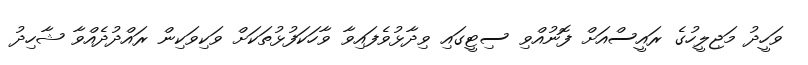
ވަހީދު މަޖިލީހުގެ ރައީސްއަށް ފޮނުއްވި ސިޓީގައި ވިދާޅުވެފައިވާ ވާހަކަފުޅުތަކަށް ވަކިވަކިން ރައްދުދެއްވާ ޝާހިދު